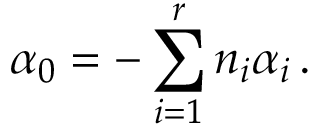
\alpha _ { 0 } = - \sum _ { i = 1 } ^ { r } n _ { i } \alpha _ { i } \, .